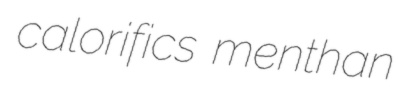
calorifics menthan